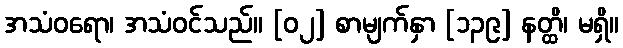
အသံဝရော၊ အသံဝင်သည်။ [၀၂] စာမျက်နှာ [၁၃၉] နတ္ထိ၊ မရှိ။